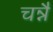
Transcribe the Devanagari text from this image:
चन्नै